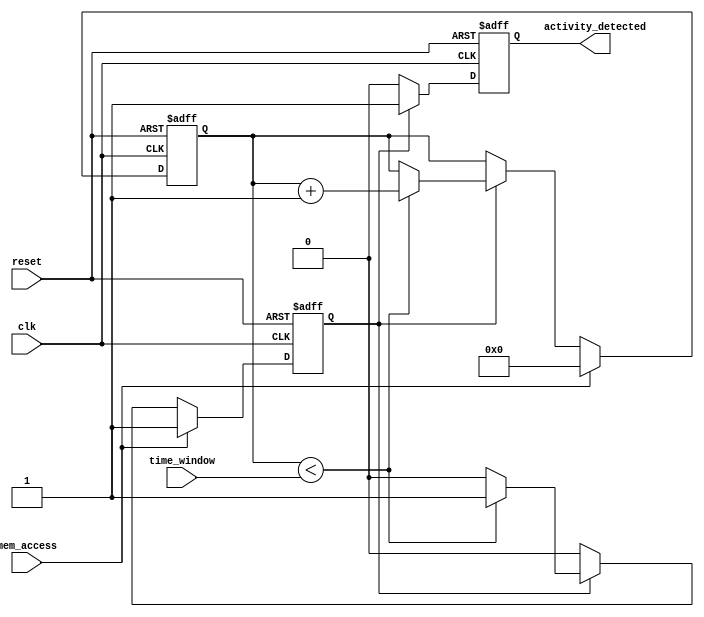
module MemoryBlocksTimeWindowDetector (
    input wire clk,                // System clock
    input wire reset,              // Reset signal
    input wire mem_access,         // Memory access signal (1 for read/write)
    input wire [7:0] time_window,  // Configurable time window in clock cycles
    output reg activity_detected    // Output signal indicating activity
);

    reg [7:0] counter;             // Counter for time window
    reg active;                    // Indicates if memory access is detected

    // State machine for detecting memory access
    always @(posedge clk or posedge reset) begin
        if (reset) begin
            counter <= 0;
            active <= 0;
            activity_detected <= 0;
        end else begin
            if (mem_access) begin
                // If memory access is detected, reset the counter
                counter <= 0;
                active <= 1;
            end else if (active) begin
                // Increment the counter if active
                if (counter < time_window) begin
                    counter <= counter + 1;
                end else begin
                    // Time window expired
                    active <= 0;
                end
            end
            
            // Generate activity detected signal
            if (active) begin
                activity_detected <= 1; // Activity detected within time window
            end else begin
                activity_detected <= 0; // No activity detected
            end
        end
    end

endmodule